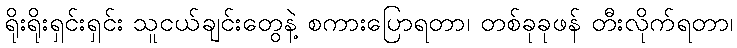
ရိုးရိုးရှင်းရှင်း သူငယ်ချင်းတွေနဲ့ စကားပြောရတာ၊ တစ်ခုခုဖန် တီးလိုက်ရတာ၊